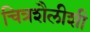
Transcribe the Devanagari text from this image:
चित्रशैलीशी